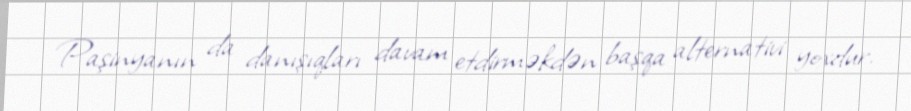
Paşinyanın da danışıqları davam etdirməkdən başqa alternativi yoxdur.